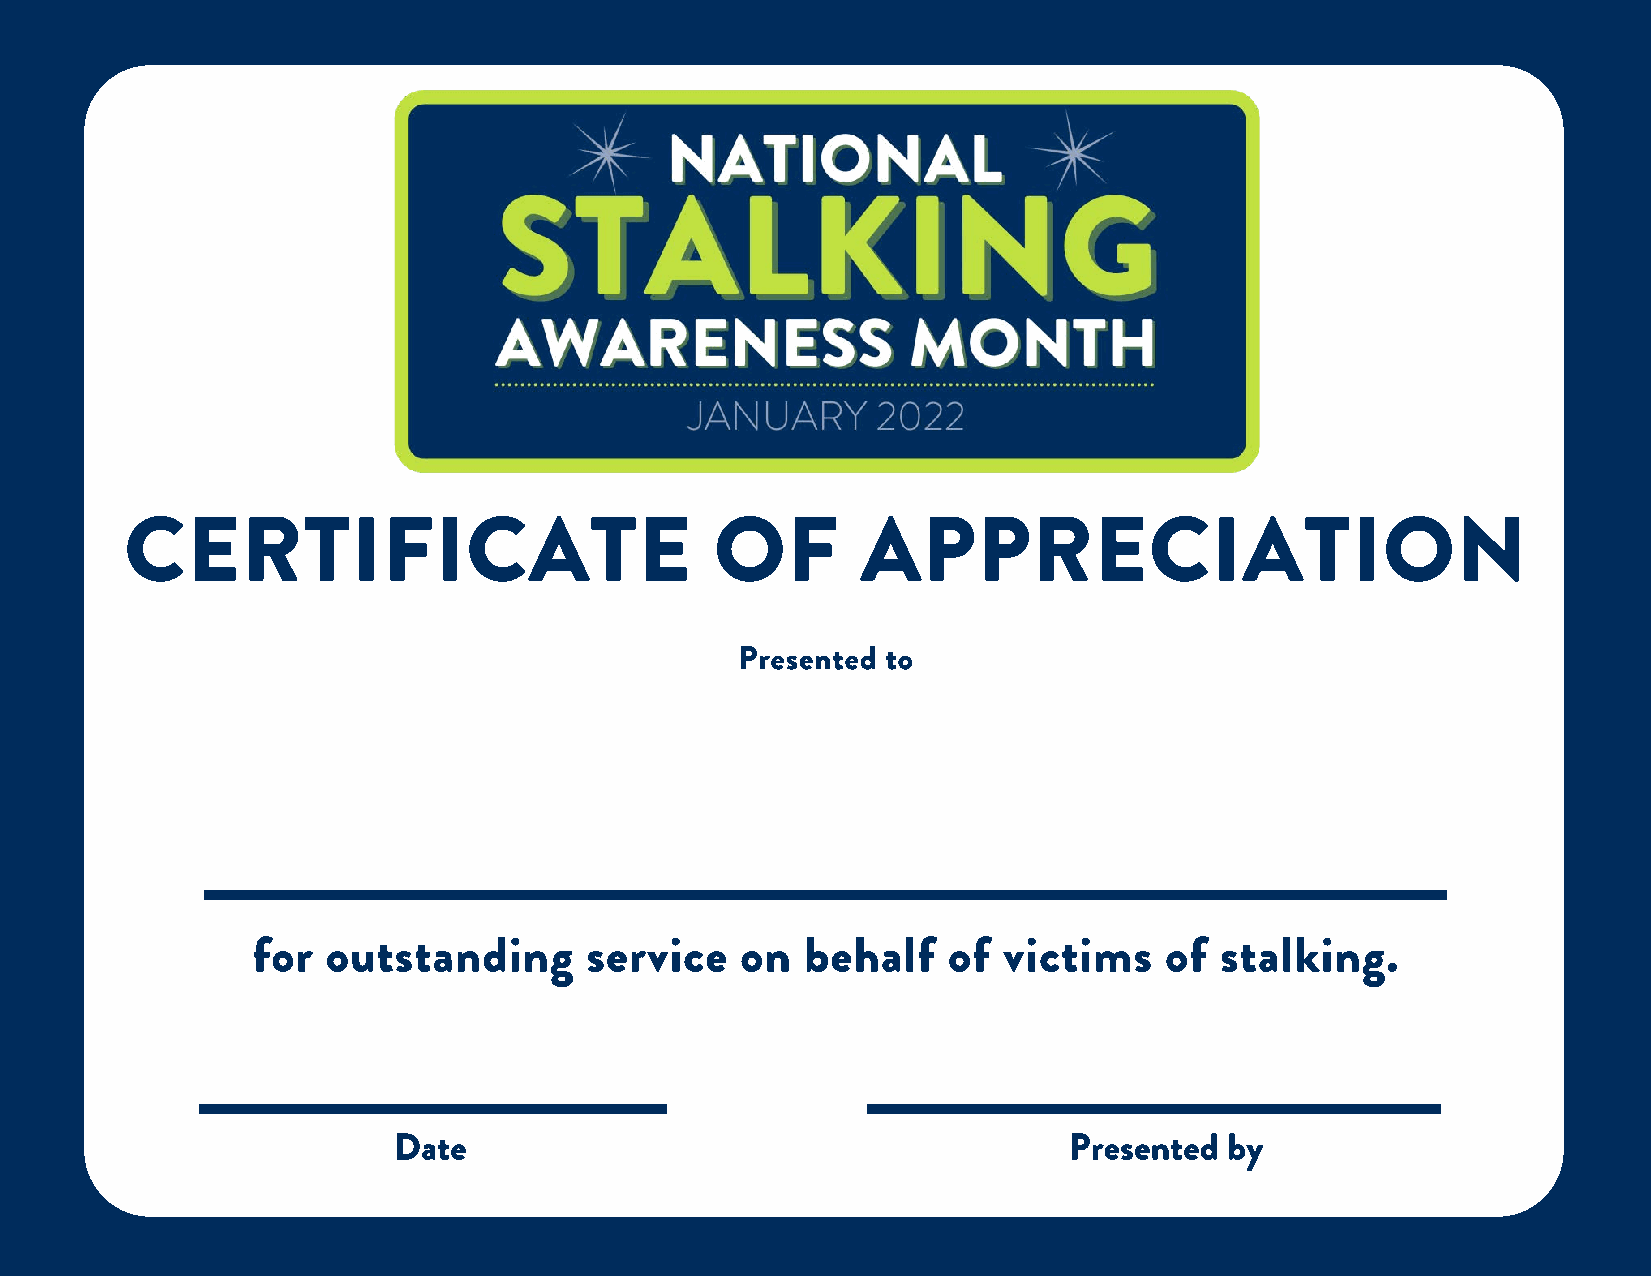
CERTIFICATE                            OF        APPRECIATION
 Presented to
 for  outstanding      service   on  behalf    of victims    of  stalking.
 Date                                         Presented by